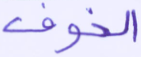
الخوف